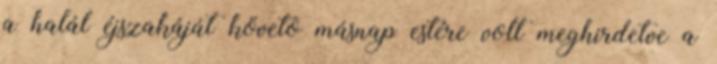
a halál éjszakáját követõ másnap estére volt meghirdetve a